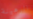
الرهينة